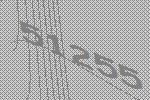
51255